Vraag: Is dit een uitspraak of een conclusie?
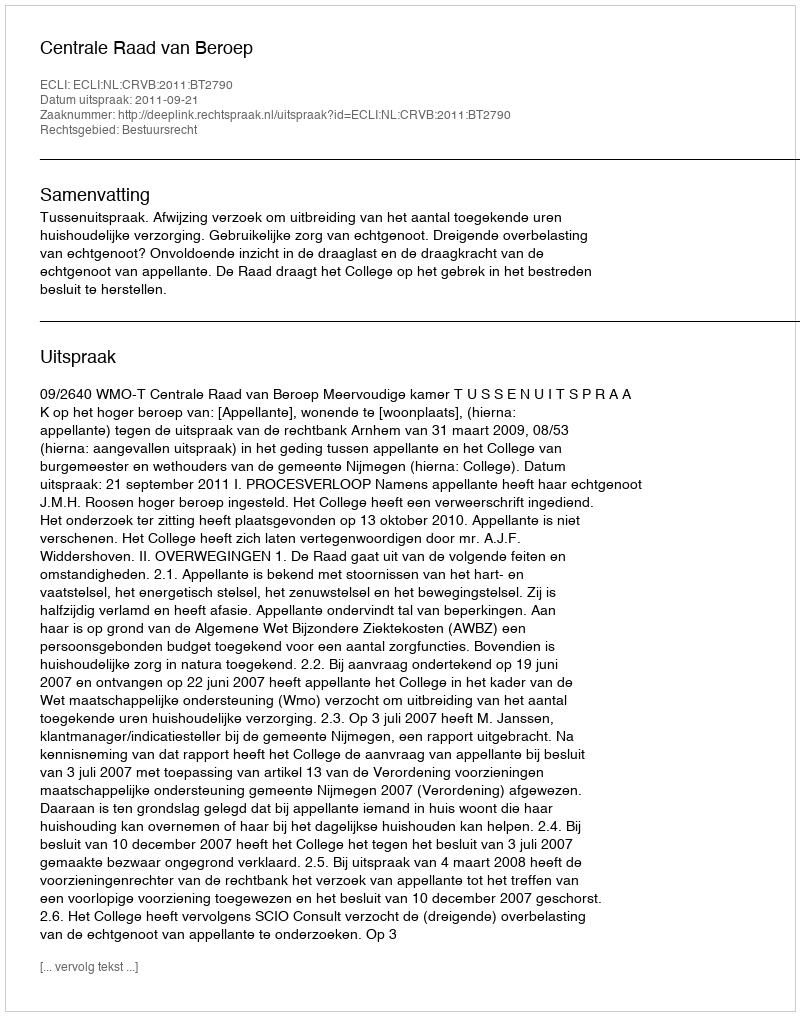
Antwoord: Uitspraak